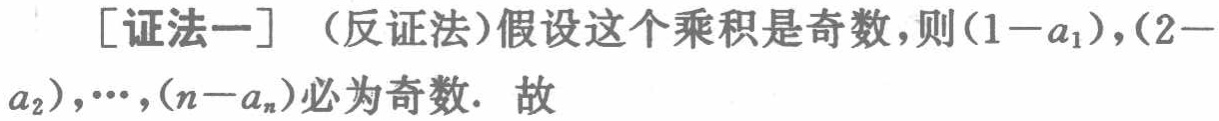
[证法一] （反证法）假设这个乘积是奇数，则\((1 - a_1)\)，\((2 - a_2)\)，\(\cdots\)，\((n - a_n)\)必为奇数. 故